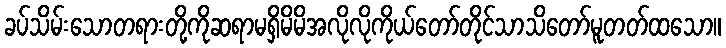
ခပ်သိမ်းသောတရားတို့ကိုဆရာမရှိမိမိအလိုလိုကိုယ်တော်တိုင်သာသိတော်မူတတ်ထသော။